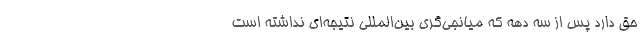
حق دارد پس از سه دهه که میانجی‌گری‌ بین‌المللی نتیجه‌ای نداشته است